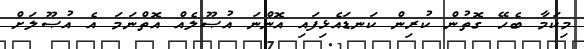
މިކަމާ ބެހޭ ގޮތުން ކުރިން ކަނޑައެޅިފައި އޮންނަ އުޞޫލެއް އޮތްނަމަ އެ އުޞޫލަށް